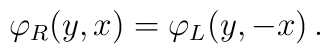
\varphi_R(y,x)=\varphi_L(y,-x)\, .